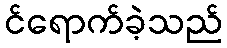
င်ရောက်ခဲ့သည်